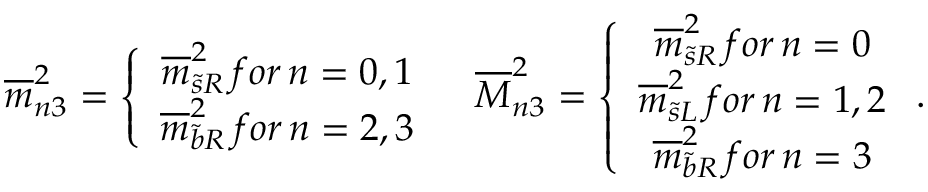
\begin{array} { c c } { { \overline { { { m } } } _ { n 3 } ^ { 2 } = \left\{ \begin{array} { c } { { \overline { { { m } } } _ { \widetilde { s } R } ^ { 2 } \, f o r \, n = 0 , 1 } } \\ { { \overline { { { m } } } _ { \widetilde { b } R } ^ { 2 } \, f o r \, n = 2 , 3 } } \end{array} \right. } } & { { \overline { { { M } } } _ { n 3 } ^ { 2 } = \left\{ \begin{array} { c } { { \overline { { { m } } } _ { \widetilde { s } R } ^ { 2 } \, f o r \, n = 0 } } \\ { { \overline { { { m } } } _ { \widetilde { s } L } ^ { 2 } \, f o r \, n = 1 , 2 } } \\ { { \overline { { { m } } } _ { \widetilde { b } R } ^ { 2 } \, f o r \, n = 3 } } \end{array} \right. . } } \end{array}